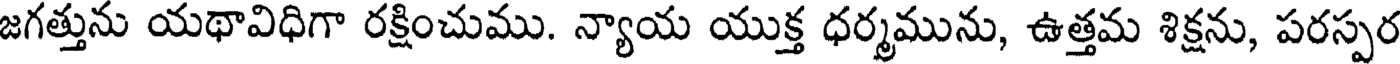
జగత్తును యథావిధిగా రక్షించుము. న్యాయ యుక్త ధర్మమును, ఉత్తమ శిక్షను, పరస్పర